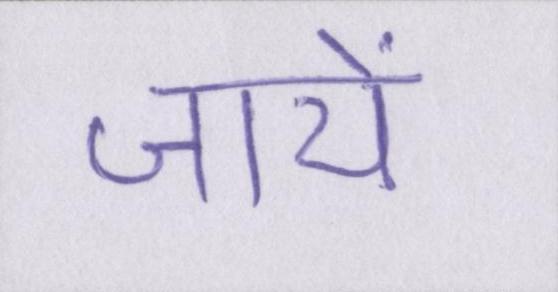
जायें